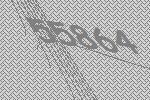
55864